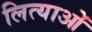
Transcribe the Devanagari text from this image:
लित्याओं